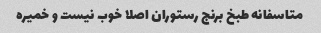
متاسفانه طبخ برنج رستوران اصلا خوب نیست و خمیره